Report of the Imperial Institute of Veterinary Research, Muktesar
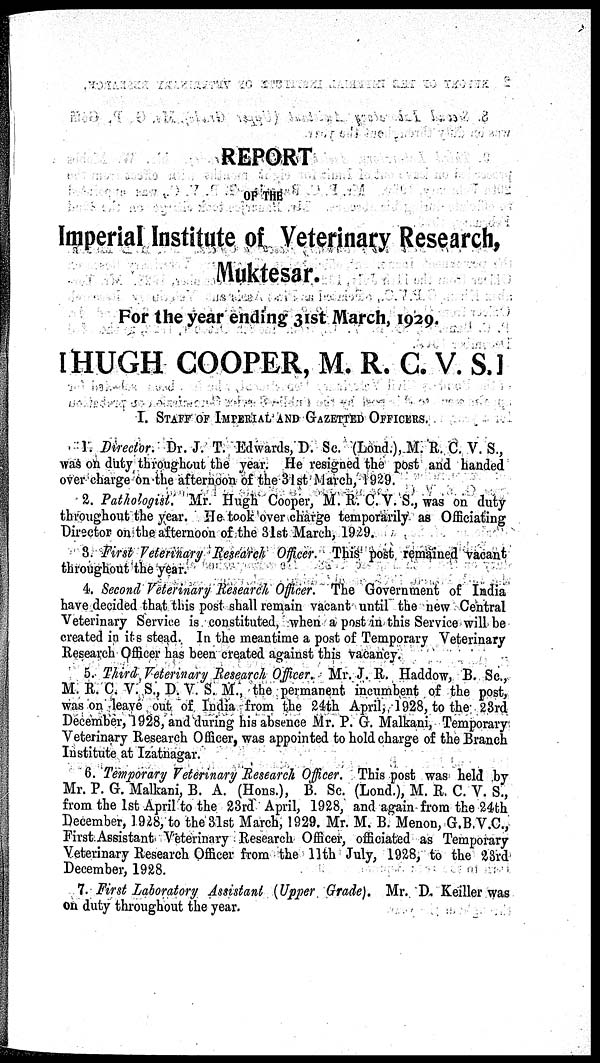
REPORT
OF THE
Imperial Institute of Veterinary Research,
Muktesar.
For the year ending 31st March, 1929.
[ HUGH COOPER, M. R. C. V. S. ]
I. STAFF OF IMPERIAL AND GAZETTED OFFICERS.
1. Director. Dr. J. T. Edwards, D. Sc. (Lond.), M. R. C. V. S.,
was on duty throughout the year. He resigned the post and handed
over charge on the afternoon of the 31st March, 1929.
2. Pathologist. Mr. Hugh Cooper, M. R. C. V. S., was on duty
throughout the year. He took over charge temporarily as Officiating
Director on the afternoon of the 31st March, 1929.
3. First Veterinary Research Officer. This post remained vacant
throughout the year.
4. Second Veterinary Research Officer. The Government of India
have decided that this post shall remain vacant until the new Central
Veterinary Service is constituted, when a post in this Service will be
created in its stead. In the meantime a post of Temporary Veterinary
Research Officer has been created against this vacancy.
5. Third Veterinary Research Officer. Mr. J. R. Haddow, B. Sc.,
M. R. C. V. S., D. V. S. M., the permanent incumbent of the post,
was on leave out of India from the 24th April, 1928, to the 23rd
December, 1928, and during his absence Mr. P. G. Malkani, Temporary
Veterinary Research Officer, was appointed to hold charge of the Branch
Institute at Izatnagar.
6. Temporary Veterinary Research Officer. This post was held by
Mr. P. G. Malkani, B. A. (Hons.), B. Sc. (Lond.), M. R. C. V. S.,
from the 1st April to the 23rd April, 1928, and again from the 24th
December, 1928, to the 31st March, 1929. Mr. M. B. Menon, G.B.V.C.,
First Assistant Veterinary Research Officer, officiated as Temporary
Veterinary Research Officer from the 11th July, 1928, to the 23rd
December, 1928.
7. First Laboratory Assistant (Upper Grade). Mr. D. Keiller was
on duty throughout the year.